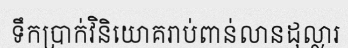
ទឹកប្រាក់វិនិយោគរាប់ពាន់លានដុល្លារ